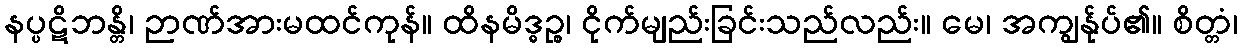
နပ္ပဋိဘန္တိ၊ ဉာဏ်အားမထင်ကုန်။ ထိနမိဒ္ဓဉ္စ၊ ငိုက်မျည်းခြင်းသည်လည်း။ မေ၊ အကျွန်ုပ်၏။ စိတ္တံ၊